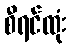
စီရင်ထုံး